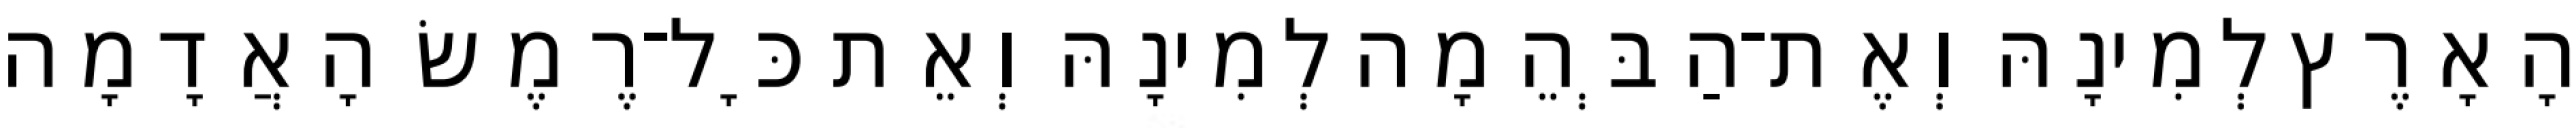
הָאָרֶץ לְמִינָהּ וְאֶת־הַבְּהֵמָה לְמִינָהּ וְאֵת כָּל־רֶמֶשׂ הָאֲדָמָה